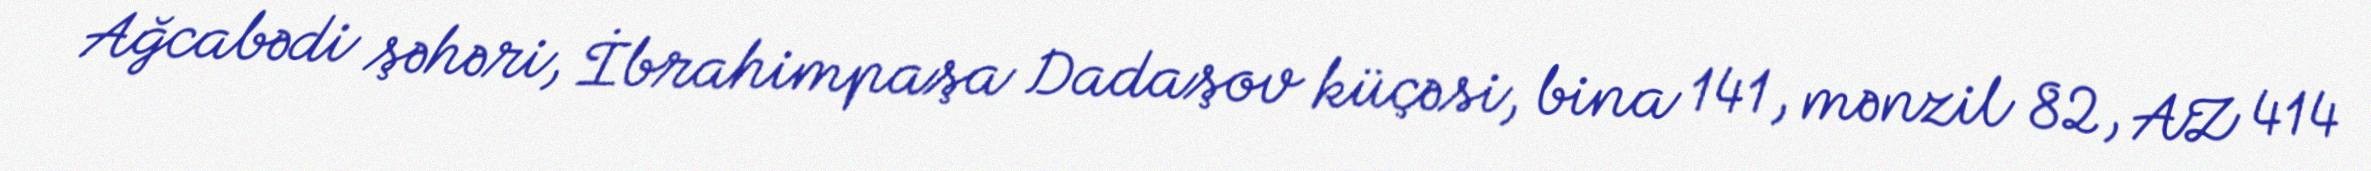
Ağcabədi şəhəri, İbrahimpaşa Dadaşov küçəsi, bina 141, mənzil 82, AZ 414